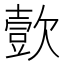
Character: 㱅